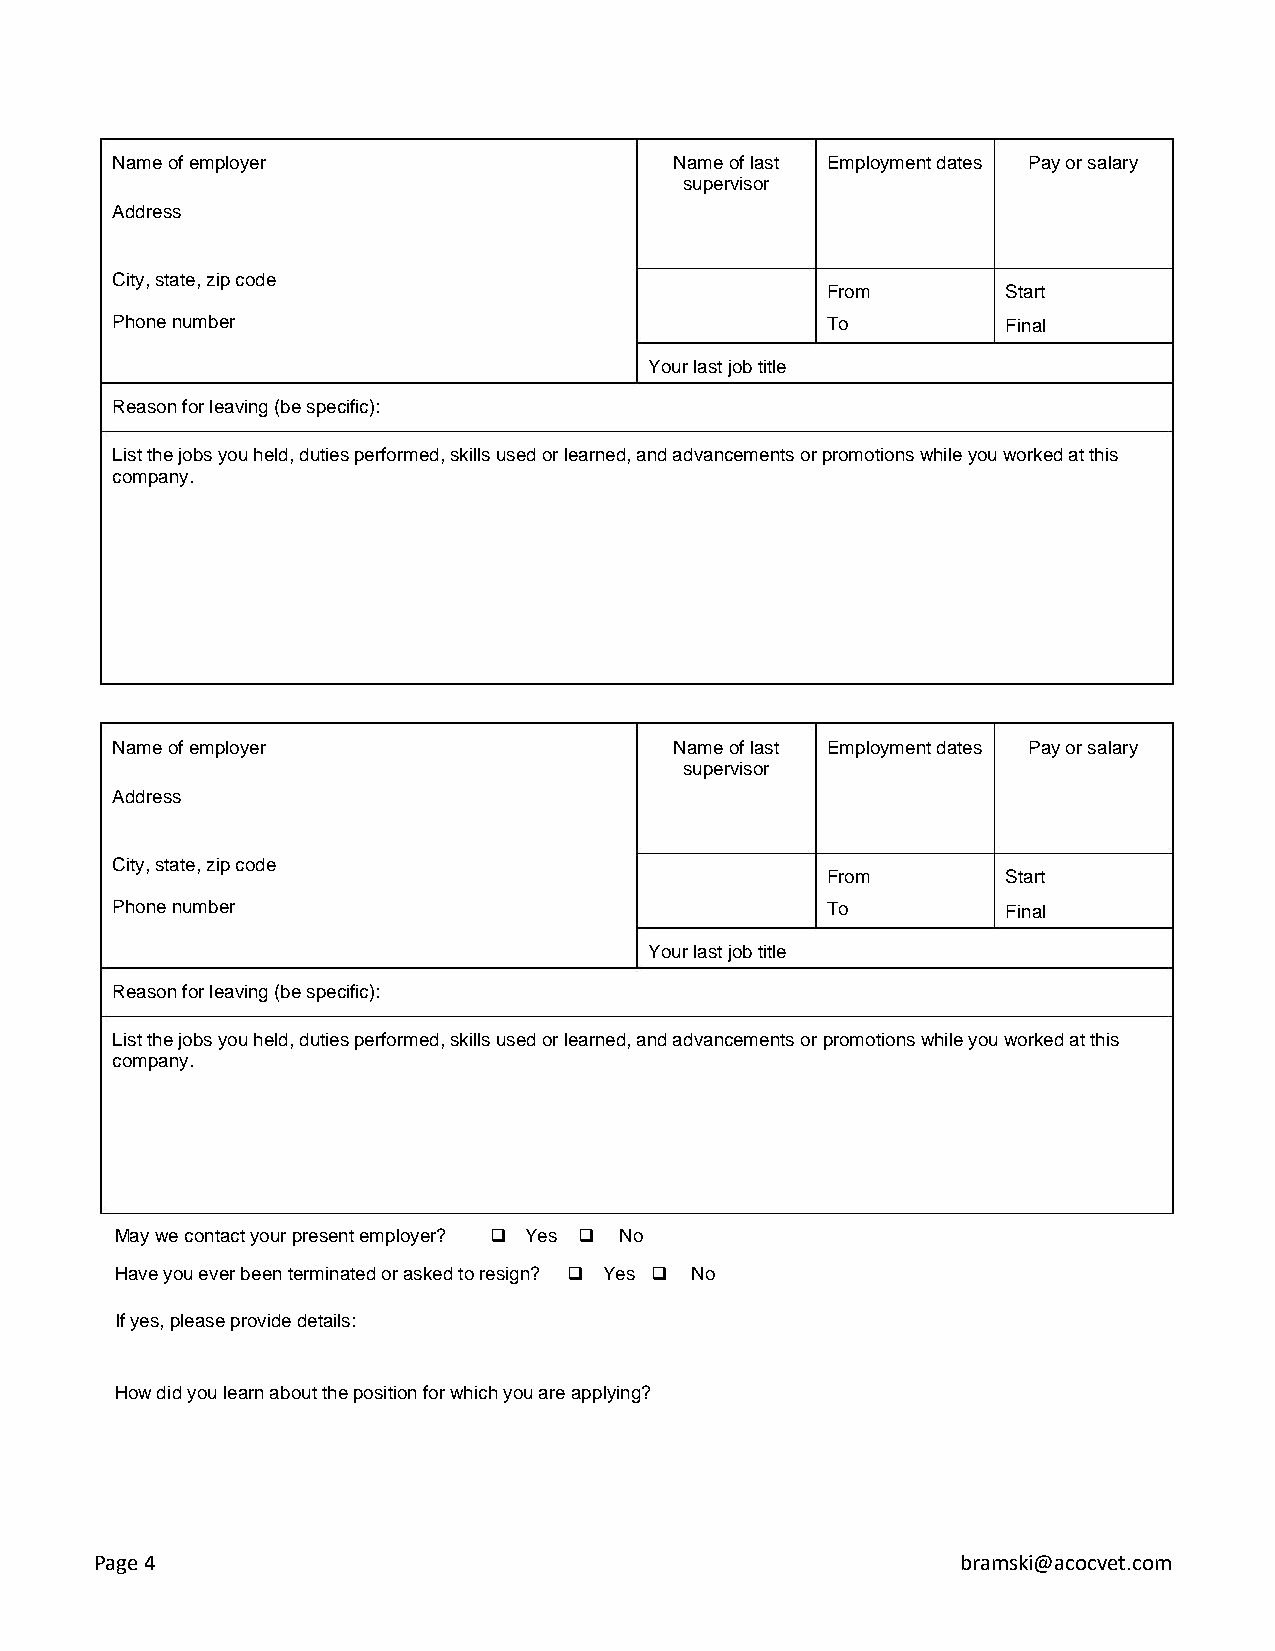
Name of employer                      Name of last Employment dates Pay or salary
 supervisor
 Address
 City, state, zip code
 From        Start
 Phone number                                    To          Final
 Your last job title
 Reason for leaving (be specific):
 List the jobs you held, duties performed, skills used or learned, and advancements or promotions while you worked at this
 company.
 Name of employer                      Name of last Employment dates Pay or salary
 supervisor
 Address
 City, state, zip code
 From        Start
 Phone number                                    To          Final
 Your last job title
 Reason for leaving (be specific):
 List the jobs you held, duties performed, skills used or learned, and advancements or promotions while you worked at this
 company.
 May we contact your present employer? ❑ Yes ❑ No
 Have you ever been terminated or asked to resign? ❑ Yes ❑ No
 If yes, please provide details:
 How did you learn about the position for which you are applying?
 Page 4                                                    bramski@acocvet.com